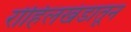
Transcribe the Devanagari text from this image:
रोहिलखंडातून